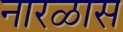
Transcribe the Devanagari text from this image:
नारळास